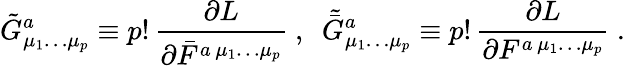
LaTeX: \tilde{G}_{\mu_{1}\ldots\mu_{p}}^{a}\equiv p!\, \frac{\partial L}{\partial\bar{F}^{a\, \mu_{1}\ldots\mu_{p}}}~,~~\tilde{\bar{G}}_{\mu_{1}\ldots\mu_{p}}^{a}\equiv p!\, \frac{\partial L}{\partial F^{a\, \mu_{1}\ldots\mu_{p}}}~.